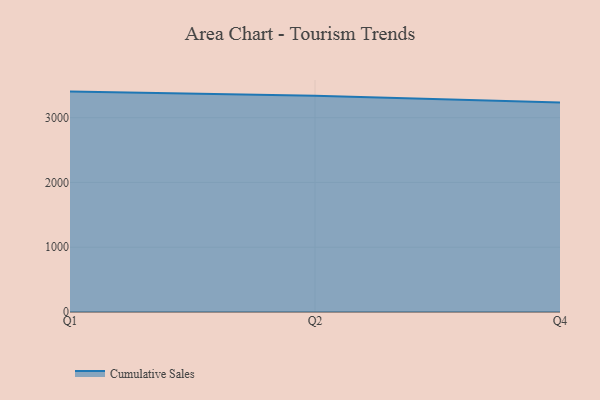
{"axis": {"x": "Quarter", "y": "Website Visitors"}, "legend": ["Cumulative Sales"], "data": [{"x": "Q1", "y": 3402.6, "type": "Cumulative Sales"}, {"x": "Q2", "y": 3337.6, "type": "Cumulative Sales"}, {"x": "Q4", "y": 3234.7, "type": "Cumulative Sales"}]}